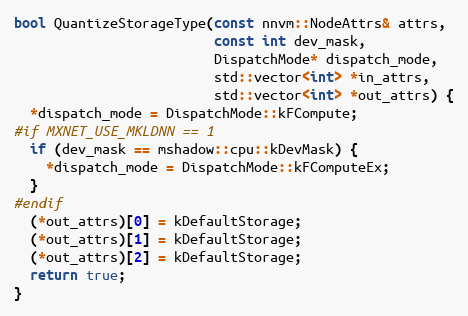
Language: C++
bool QuantizeStorageType(const nnvm::NodeAttrs& attrs,
                         const int dev_mask,
                         DispatchMode* dispatch_mode,
                         std::vector<int> *in_attrs,
                         std::vector<int> *out_attrs) {
  *dispatch_mode = DispatchMode::kFCompute;
#if MXNET_USE_MKLDNN == 1
  if (dev_mask == mshadow::cpu::kDevMask) {
    *dispatch_mode = DispatchMode::kFComputeEx;
  }
#endif
  (*out_attrs)[0] = kDefaultStorage;
  (*out_attrs)[1] = kDefaultStorage;
  (*out_attrs)[2] = kDefaultStorage;
  return true;
}